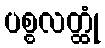
ပစ္စလတ္ထုံ